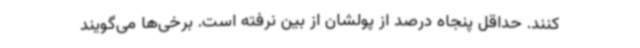
کنند. حداقل پنجاه درصد از پولشان از بین نرفته است. برخی‌ها می‌گویند